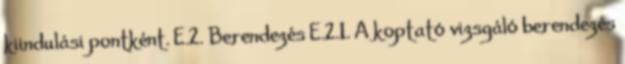
kiindulási pontként. E.2. Berendezés E.2.1. A koptató vizsgáló berendezés